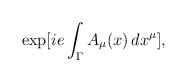
\begin{align*}\exp [ i e \int_{\Gamma} A_{\mu}(x) \, dx^{\mu}],\end{align*}